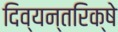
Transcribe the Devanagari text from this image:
दिव्यन्तरिक्षे